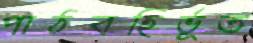
পাঠবহির্ভূত